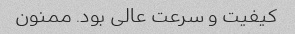
کیفیت و سرعت عالی بود. ممنون